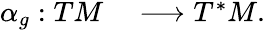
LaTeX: \begin{array}{rl}{\alpha_{g}:TM}&{{}\longrightarrow T^{*}M.}\end{array}